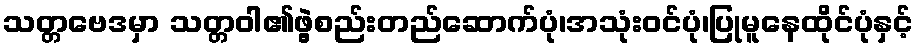
သတ္တဗေဒမှာ သတ္တဝါ၏ဖွဲ့စည်းတည်ဆောက်ပုံ၊အသုံးဝင်ပုံ၊ပြုမူနေထိုင်ပုံနှင့်